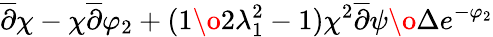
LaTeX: \overline{{{\partial}}}\chi-\chi\overline{{{\partial}}}\varphi_{2}+({1\o{2\lambda_{1}^{2}}}-1){{\chi^{2}\overline{{{\partial}}}\psi}\o\Delta}e^{-\varphi_{2}}